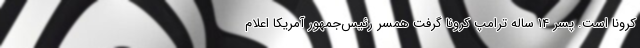
کرونا است. پسر 14 ساله ترامپ کرونا گرفت همسر رئیس‌جمهور آمریکا اعلام